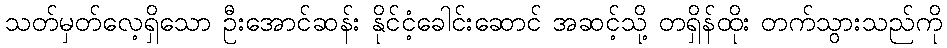
သတ်မှတ်လေ့ရှိသော ဦးအောင်ဆန်း နိုင်ငံ့ခေါင်းဆောင် အဆင့်သို့ တရှိန်ထိုး တက်သွားသည်ကို